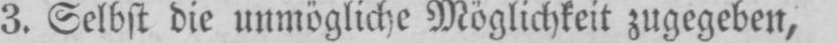
3. Selbst die unmögliche Möglichkeit zugegeben,